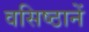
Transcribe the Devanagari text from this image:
वसिष्ठानें